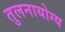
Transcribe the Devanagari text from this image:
तुलनायोग्य